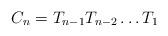
LaTeX: \begin{align*}C_n=T_{n-1}T_{n-2}\dots T_1\end{align*}